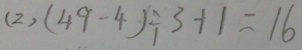
( 2 ) ( 4 9 - 4 ) \div 3 + 1 = 1 6